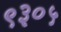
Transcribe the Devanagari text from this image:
९३०५